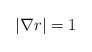
\begin{align*}| \nabla r | =1\end{align*}